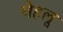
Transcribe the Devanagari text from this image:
पेहलू